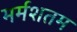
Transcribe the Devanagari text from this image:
मर्मशतम